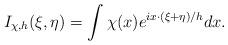
LaTeX: \begin{align*} I_{\chi,h}(\xi,\eta)=\int\chi(x)e^{ix\cdot(\xi+\eta)/h}dx.\end{align*}